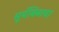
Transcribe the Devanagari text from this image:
सूर्यबिंबाचा